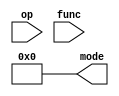
/* Generated by Yosys 0.23 (git sha1 7ce5011c24b, gcc 11.3.0 -fPIC -Os) */

(* hdlname = "\\\\ALUControl" *)
(* top =  1  *)
(* src = "rtl/mps/ALUControl.v:1.1-7.10" *)
module ALUControl(mode, op, func);
  (* src = "rtl/mps/ALUControl.v:4.17-4.21" *)
  input [5:0] func;
  wire [5:0] func;
  (* src = "rtl/mps/ALUControl.v:2.18-2.22" *)
  output [3:0] mode;
  wire [3:0] mode;
  (* src = "rtl/mps/ALUControl.v:3.11-3.13" *)
  input op;
  wire op;
  assign mode = 4'h0;
endmodule